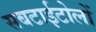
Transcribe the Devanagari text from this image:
सबटाईटोलों